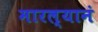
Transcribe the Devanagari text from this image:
मारल्यानं